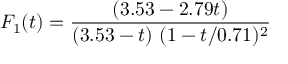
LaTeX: F _ { 1 } ( t ) = { \frac { ( 3 . 5 3 - 2 . 7 9 t ) } { ( 3 . 5 3 - t ) \ ( 1 - t / 0 . 7 1 ) ^ { 2 } } }